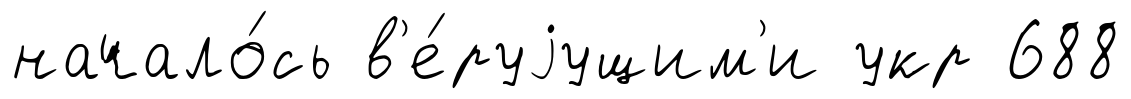
начало́сь в'е́руjущим'и укр 688